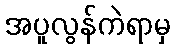
အပူလွန်ကဲရာမှ